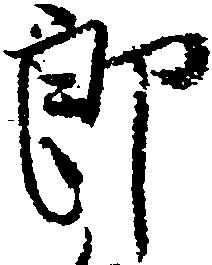
郎